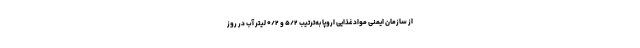
از سازمان ایمنی موادغذایی اروپا به‌ترتیب ۵/۲ و ۰/۲ لیتر آب در روز